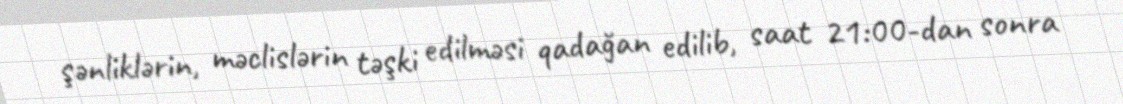
şənliklərin, məclislərin təşki edilməsi qadağan edilib, saat 21:00-dan sonra